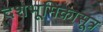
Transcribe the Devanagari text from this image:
दशभूमिकासूत्र